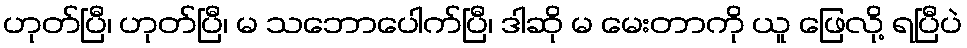
ဟုတ်ပြီ၊ ဟုတ်ပြီ၊ မ သဘောပေါက်ပြီ၊ ဒါဆို မ မေးတာကို ယူ ဖြေလို့ ရပြီပဲ